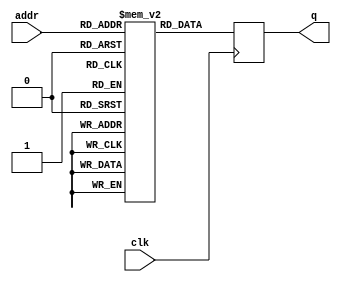
/*============================================================================
*
*  LOGIC CORE:          OV5640(RGB)
*  MODULE NAME:         ov5640_init_table_rgb()
*  COMPANY:             
*                       http://xiaomeige.taobao.com
*  author:				
*  Website:				www.corecourse.cn
*  REVISION HISTORY:  
*
*  Revision: 			1.0  04/10/2019     
*  Description: 		Initial Release.
*
*  FUNCTIONAL DESCRIPTION:
===========================================================================*/

module ov5640_init_table_rgb(
	addr,
	clk, 
	q
);	

	parameter DATA_WIDTH=24;
	parameter ADDR_WIDTH=8;
	parameter IMAGE_WIDTH = 16'd640;
	parameter IMAGE_HEIGHT = 16'd480;
	parameter IMAGE_FLIP = 8'h40;
	parameter IMAGE_MIRROR = 4'h7;

	input clk;
	input [(ADDR_WIDTH-1):0] addr;
	output reg [(DATA_WIDTH-1):0] q;
	


	// Declare the ROM variable
	reg [DATA_WIDTH-1:0] rom[2**ADDR_WIDTH-1:0];

	initial begin
		rom[0 ] = 24'h3103_11; // system clock from pad, bit[1]
		rom[1 ] = 24'h3008_82; // software reset, bit[7]
		rom[2 ] = 24'h3008_42; // software power down, bit[6]
		rom[3 ] = 24'h3103_03; // system clock from PLL, bit[1]
		rom[4 ] = 24'h3017_ff; // FREX, Vsync, HREF, PCLK, D[9:6] output enable
		rom[5 ] = 24'h3018_ff; // D[5:0], GPIO[1:0] output enable
		rom[6 ] = 24'h3034_1a; // MIPI 10-bit
		rom[7 ] = 24'h3037_13; // PLL root divider, bit[4], PLL pre-divider, bit[3:0]
		rom[8 ] = 24'h3108_01; // PCLK root divider, bit[5:4], SCLK2x root divider, bit[3:2]
		rom[9 ] = 24'h3630_36; // SCLK root divider, bit[1:0]
		rom[10] = 24'h3631_0e;
		rom[11] = 24'h3632_e2;
		rom[12] = 24'h3633_12;
		rom[13] = 24'h3621_e0;
		rom[14] = 24'h3704_a0;
		rom[15] = 24'h3703_5a;
		rom[16] = 24'h3715_78;
		rom[17] = 24'h3717_01;
		rom[18] = 24'h370b_60;
		rom[19] = 24'h3705_1a;
		rom[20] = 24'h3905_02;
		rom[21] = 24'h3906_10;
		rom[22] = 24'h3901_0a;
		rom[23] = 24'h3731_12;
		rom[24] = 24'h3600_08; // VCM control
		rom[25] = 24'h3601_33; // VCM control
		rom[26] = 24'h302d_60; // system control
		rom[27] = 24'h3620_52;
		rom[28] = 24'h371b_20;
		rom[29] = 24'h471c_50;
		rom[30] = 24'h3a13_43; // pre-gain = 1.047x
		rom[31] = 24'h3a18_00; // gain ceiling
		rom[32] = 24'h3a19_f8; // gain ceiling = 15.5x
		rom[33] = 24'h3635_13;
		rom[34] = 24'h3636_03;
		rom[35] = 24'h3634_40;
		rom[36] = 24'h3622_01;
		// 50/60Hz detection 50/60Hz 
		rom[37] = 24'h3c01_34; // Band auto, bit[7]
		rom[38] = 24'h3c04_28; // threshold low sum
		rom[39] = 24'h3c05_98; // threshold high sum
		rom[40] = 24'h3c06_00; // light meter 1 threshold[15:8]
		rom[41] = 24'h3c07_08; // light meter 1 threshold[7:0]
		rom[42] = 24'h3c08_00; // light meter 2 threshold[15:8]
		rom[43] = 24'h3c09_1c; // light meter 2 threshold[7:0]
		rom[44] = 24'h3c0a_9c; // sample number[15:8]
		rom[45] = 24'h3c0b_40; // sample number[7:0]
		rom[46] = 24'h3810_00; // Timing Hoffset[11:8]
		rom[47] = 24'h3811_10; // Timing Hoffset[7:0]
		rom[48] = 24'h3812_00; // Timing Voffset[10:8]
		rom[49] = 24'h3708_64;
		rom[50] = 24'h4001_02; // BLC start from line 2
		rom[51] = 24'h4005_1a; // BLC always update
		rom[52] = 24'h3000_00; // enable blocks
		rom[53] = 24'h3004_ff; // enable clocks
		rom[54] = 24'h300e_58; // MIPI power down, DVP enable
		rom[55] = 24'h302e_00;
		rom[56] = 24'h4300_61; // RGB565   //h4300_6f()--------------------------------------------------------
		rom[57] = 24'h501f_01; // RGB565
		rom[58] = 24'h440e_00;
		rom[59] = 24'h5000_a7; // Lenc on, raw gamma on, BPC on, WPC on, CIP on
		// AEC target 
		rom[60] = 24'h3a0f_30; // stable range in high
		rom[61] = 24'h3a10_28; // stable range in low
		rom[62] = 24'h3a1b_30; // stable range out high
		rom[63] = 24'h3a1e_26; // stable range out low
		rom[64] = 24'h3a11_60; // fast zone high
		rom[65] = 24'h3a1f_14; // fast zone low
		// Lens correction for ? 
		rom[66 ] = 24'h5800_23;
		rom[67 ] = 24'h5801_14;
		rom[68 ] = 24'h5802_0f;
		rom[69 ] = 24'h5803_0f;
		rom[70 ] = 24'h5804_12;
		rom[71 ] = 24'h5805_26;
		rom[72 ] = 24'h5806_0c;
		rom[73 ] = 24'h5807_08;
		rom[74 ] = 24'h5808_05;
		rom[75 ] = 24'h5809_05;
		rom[76 ] = 24'h580a_08;
		rom[77 ] = 24'h580b_0d;
		rom[78 ] = 24'h580c_08;
		rom[79 ] = 24'h580d_03;
		rom[80 ] = 24'h580e_00;
		rom[81 ] = 24'h580f_00;
		rom[82 ] = 24'h5810_03;
		rom[83 ] = 24'h5811_09;
		rom[84 ] = 24'h5812_07;
		rom[85 ] = 24'h5813_03;
		rom[86 ] = 24'h5814_00;
		rom[87 ] = 24'h5815_01;
		rom[88 ] = 24'h5816_03;
		rom[89 ] = 24'h5817_08;
		rom[90 ] = 24'h5818_0d;
		rom[91 ] = 24'h5819_08;
		rom[92 ] = 24'h581a_05;
		rom[93 ] = 24'h581b_06;
		rom[94 ] = 24'h581c_08;
		rom[95 ] = 24'h581d_0e;
		rom[96 ] = 24'h581e_29;
		rom[97 ] = 24'h581f_17;
		rom[98 ] = 24'h5820_11;
		rom[99 ] = 24'h5821_11;
		rom[100] = 24'h5822_15;
		rom[101] = 24'h5823_28;
		rom[102] = 24'h5824_46;
		rom[103] = 24'h5825_26;
		rom[104] = 24'h5826_08;
		rom[105] = 24'h5827_26;
		rom[106] = 24'h5828_64;
		rom[107] = 24'h5829_26;
		rom[108] = 24'h582a_24;
		rom[109] = 24'h582b_22;
		rom[110] = 24'h582c_24;
		rom[111] = 24'h582d_24;
		rom[112] = 24'h582e_06;
		rom[113] = 24'h582f_22;
		rom[114] = 24'h5830_40;
		rom[115] = 24'h5831_42;
		rom[116] = 24'h5832_24;
		rom[117] = 24'h5833_26;
		rom[118] = 24'h5834_24;
		rom[119] = 24'h5835_22;
		rom[120] = 24'h5836_22;
		rom[121] = 24'h5837_26;
		rom[122] = 24'h5838_44;
		rom[123] = 24'h5839_24;
		rom[124] = 24'h583a_26;
		rom[125] = 24'h583b_28;
		rom[126] = 24'h583c_42;
		rom[127] = 24'h583d_ce; // lenc BR offset
		// AWB 
		rom[128] = 24'h5180_ff; // AWB B block
		rom[129] = 24'h5181_f2; // AWB control
		rom[130] = 24'h5182_00; // [7:4] max local counter, [3:0] max fast counter
		rom[131] = 24'h5183_14; // AWB advanced
		rom[132] = 24'h5184_25;
		rom[133] = 24'h5185_24;
		rom[134] = 24'h5186_09;
		rom[135] = 24'h5187_09;
		rom[136] = 24'h5188_09;
		rom[137] = 24'h5189_75;
		rom[138] = 24'h518a_54;
		rom[139] = 24'h518b_e0;
		rom[140] = 24'h518c_b2;
		rom[141] = 24'h518d_42;
		rom[142] = 24'h518e_3d;
		rom[143] = 24'h518f_56;
		rom[144] = 24'h5190_46;
		rom[145] = 24'h5191_f8; // AWB top limit
		rom[146] = 24'h5192_04; // AWB bottom limit
		rom[147] = 24'h5193_70; // red limit
		rom[148] = 24'h5194_f0; // green limit
		rom[149] = 24'h5195_f0; // blue limit
		rom[150] = 24'h5196_03; // AWB control
		rom[151] = 24'h5197_01; // local limit
		rom[152] = 24'h5198_04;
		rom[153] = 24'h5199_12;
		rom[154] = 24'h519a_04;
		rom[155] = 24'h519b_00;
		rom[156] = 24'h519c_06;
		rom[157] = 24'h519d_82;
		rom[158] = 24'h519e_38; // AWB control
		// Gamma 
		rom[159] = 24'h5480_01; // Gamma bias plus on, bit[0]
		rom[160] = 24'h5481_08;
		rom[161] = 24'h5482_14;
		rom[162] = 24'h5483_28;
		rom[163] = 24'h5484_51;
		rom[164] = 24'h5485_65;
		rom[165] = 24'h5486_71;
		rom[166] = 24'h5487_7d;
		rom[167] = 24'h5488_87;
		rom[168] = 24'h5489_91;
		rom[169] = 24'h548a_9a;
		rom[170] = 24'h548b_aa;
		rom[171] = 24'h548c_b8;
		rom[172] = 24'h548d_cd;
		rom[173] = 24'h548e_dd;
		rom[174] = 24'h548f_ea;
		rom[175] = 24'h5490_1d;
		// color matrix 
		rom[176] = 24'h5381_1e; // CMX1 for Y
		rom[177] = 24'h5382_5b; // CMX2 for Y
		rom[178] = 24'h5383_08; // CMX3 for Y
		rom[179] = 24'h5384_0a; // CMX4 for U
		rom[180] = 24'h5385_7e; // CMX5 for U
		rom[181] = 24'h5386_88; // CMX6 for U
		rom[182] = 24'h5387_7c; // CMX7 for V
		rom[183] = 24'h5388_6c; // CMX8 for V
		rom[184] = 24'h5389_10; // CMX9 for V
		rom[185] = 24'h538a_01; // sign[9]
		rom[186] = 24'h538b_98; // sign[8:1]
		// UV adjust UV 
		rom[187] = 24'h5580_06; // saturation on, bit[1]
		rom[188] = 24'h5583_40;
		rom[189] = 24'h5584_10;
		rom[190] = 24'h5589_10;
		rom[191] = 24'h558a_00;
		rom[192] = 24'h558b_f8;
		rom[193] = 24'h501d_40; // enable manual offset of contrast
		// CIP 
		rom[194] = 24'h5300_08; // CIP sharpen MT threshold 1
		rom[195] = 24'h5301_30; // CIP sharpen MT threshold 2
		rom[196] = 24'h5302_10; // CIP sharpen MT offset 1
		rom[197] = 24'h5303_00; // CIP sharpen MT offset 2
		rom[198] = 24'h5304_08; // CIP DNS threshold 1
		rom[199] = 24'h5305_30; // CIP DNS threshold 2
		rom[200] = 24'h5306_08; // CIP DNS offset 1
		rom[201] = 24'h5307_16; // CIP DNS offset 2
		rom[202] = 24'h5309_08; // CIP sharpen TH threshold 1
		rom[203] = 24'h530a_30; // CIP sharpen TH threshold 2
		rom[204] = 24'h530b_04; // CIP sharpen TH offset 1
		rom[205] = 24'h530c_06; // CIP sharpen TH offset 2
		rom[206] = 24'h5025_00;
		rom[207] = 24'h3008_02; // wake up from standby, bit[6]

		// 12824'h720, 30fps
		// input clock 24Mhz, PCLK 42Mhz
		rom[208] = 24'h3035_21; // PLL	21:30fps  41:15fps	81:7.5fps
		rom[209] = 24'h3036_69; // PLL
		rom[210] = 24'h3c07_07; // lightmeter 1 threshold[7:0]
		rom[211] = {16'h3820, IMAGE_FLIP}; // flip
		rom[212] = {20'h38210, IMAGE_MIRROR}; // no mirror
		rom[213] = 24'h3814_31; // timing X inc
		rom[214] = 24'h3815_31; // timing Y inc
		rom[215] = 24'h3800_00; // HS
		rom[216] = 24'h3801_00; // HS
		rom[217] = 24'h3802_00; // VS
		rom[218] = 24'h3803_fa; // VS
		rom[219] = 24'h3804_0a; // HW SET_OV5640 +  HE}
		rom[220] = 24'h3805_3f; // HW SET_OV5640 +  HE}
		rom[221] = 24'h3806_06; // VH SET_OV5640 +  VE}
		rom[222] = 24'h3807_a9; // VH SET_OV5640 +  VE}
		rom[223] = {16'h3808, IMAGE_WIDTH[15:8]}; // DVPHO	(<1280>500) (<640>280)IMAGE_WIDTH
		rom[224] = {16'h3809, IMAGE_WIDTH[ 7:0]}; // DVPHO
		rom[225] = {16'h380a, IMAGE_HEIGHT[15:8]}; // DVPVO	(<720>2d0)  (<480>1e0)IMAGE_HEIGHT
		rom[226] = {16'h380b, IMAGE_HEIGHT[ 7:0]}; // DVPHO
		rom[227] = 24'h380c_07; // HTS
		rom[228] = 24'h380d_64; // HTS
		rom[229] = 24'h380e_02; // VTS
		rom[230] = 24'h380f_e4; // VTS
		rom[231] = 24'h3813_04; // timing V offset
		rom[232] = 24'h3618_00;
		rom[233] = 24'h3612_29;
		rom[234] = 24'h3709_52;
		rom[235] = 24'h370c_03;
		rom[236] = 24'h3a02_02; // 60Hz max exposure
		rom[237] = 24'h3a03_e0; // 60Hz max exposure
		rom[238] = 24'h3a14_02; // 50Hz max exposure
		rom[239] = 24'h3a15_e0; // 50Hz max exposure
		rom[240] = 24'h4004_02; // BLC line number
		rom[241] = 24'h3002_1c; // reset JFIFO, SFIFO, JPG
		rom[242] = 24'h3006_c3; // disable clock of JPEG2x, JPEG
		rom[243] = 24'h4713_03; // JPEG mode 3
		rom[244] = 24'h4407_04; // Quantization scale
		rom[245] = 24'h460b_37;
		rom[246] = 24'h460c_20;
		rom[247] = 24'h4837_16; // MIPI global timing
		rom[248] = 24'h3824_04; // PCLK manual divider
		rom[249] = 24'h5001_83; // SDE on, CMX on, AWB on
		rom[250] = 24'h3503_00; // AEC/AGC on               
		rom[251] = 24'h4740_20; // VS 1
	end

	always @ (posedge clk)
	begin
		q <= rom[addr];
	end

endmodule